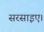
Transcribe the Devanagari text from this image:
सरसाइए।